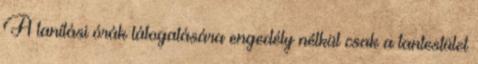
A tanítási órák látogatására engedély nélkül csak a tantestület